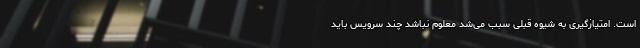
است. امتیازگیری به شیوه قبلی سبب می‌شد معلوم نباشد چند سرویس باید